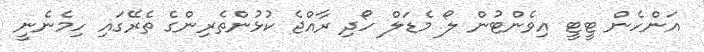
އަންހެން ޓީޓީ އިވެންޓުން ލޯ މެޑަލް ހޯދި ރާއްޖެ ކުޅުންތެރިންގެ ތެރޭގައި ހިމެނެނީ